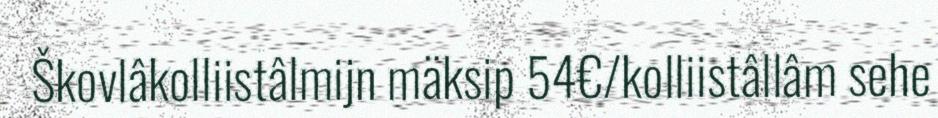
Škovlâkolliistâlmijn mäksip 54€/kolliistâllâm sehe